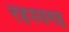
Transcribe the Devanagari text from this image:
रहस्यमइ